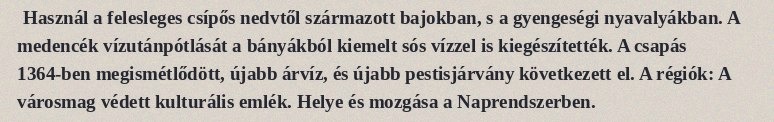
Használ a felesleges csípős nedvtől származott bajokban, s a gyengeségi nyavalyákban. A medencék vízutánpótlását a bányákból kiemelt sós vízzel is kiegészítették. A csapás 1364-ben megismétlődött, újabb árvíz, és újabb pestisjárvány következett el. A régiók: A városmag védett kulturális emlék. Helye és mozgása a Naprendszerben.